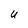
Character: U